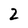
Character: 2